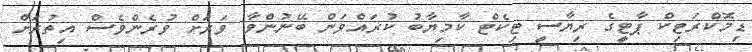
ޑިމޮކްރަޓިކް ޕާޓީގެ ރިޔާސީ ޓިކެޓް ކާމިޔާބު ކުރައްވަން ބޭނުންވާ ވަރަށް ވުރެންވެސް އިތުރަށް